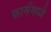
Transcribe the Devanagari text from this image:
फार्ममध्ये